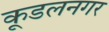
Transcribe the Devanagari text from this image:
कूडलनगर